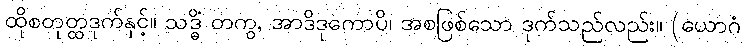
ထိုစတုတ္ထဒုက်နှင့်။ သဒ္ဓိံ တကွ, အာဒိဒုကောပိ၊ အစဖြစ်သော ဒုက်သည်လည်း။ (ယောဂံ